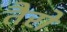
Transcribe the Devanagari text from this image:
तैरो